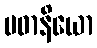
ပဓာနိယော